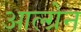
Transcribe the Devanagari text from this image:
आल्ग्रेन